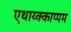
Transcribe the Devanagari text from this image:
एथाय्क्काप्पम